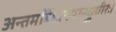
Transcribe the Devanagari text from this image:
अन्तमर्हिमानमानञ्जधीरः।